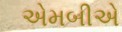
એમબીએ